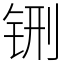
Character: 铏